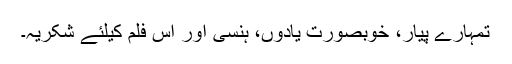
تمہارے پیار، خوبصورت یادوں، ہنسی اور اس فلم کیلئے شکریہ۔